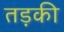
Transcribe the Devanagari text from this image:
तड़की